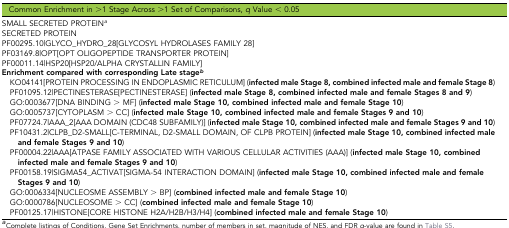
<table><thead><tr><td><b>Common Enrichment in &gt;1 Stage Across &gt;1 Set of Comparisons, <i>q</i> Value &lt; 0.05</b></td></tr></thead><tbody><tr><td>SMALL SECRETED PROTEIN<i><sup>a</sup></i></td></tr><tr><td>SECRETED PROTEIN</td></tr><tr><td>PF00295.10|GLYCO_HYDRO_28[GLYCOSYL HYDROLASES FAMILY 28]</td></tr><tr><td>PF03169.8|OPT[OPT OLIGOPEPTIDE TRANSPORTER PROTEIN]</td></tr><tr><td>PF00011.14|HSP20[HSP20/ALPHA CRYSTALLIN FAMILY]</td></tr><tr><td><b>Enrichment compared with corresponding Late stage<i><sup>b</sup></i></b></td></tr><tr><td> KO04141[PROTEIN PROCESSING IN ENDOPLASMIC RETICULUM] (<b>infected male Stage 8, combined infected male and female Stage 8</b>)</td></tr><tr><td> PF01095.12|PECTINESTERASE[PECTINESTERASE] (<b>infected male Stage 8, combined infected male and female Stages 8 and 9</b>)</td></tr><tr><td> GO:0003677[DNA BINDING &gt; MF] (<b>infected male Stage 10, combined infected male and female Stage 10</b>)</td></tr><tr><td> GO:0005737[CYTOPLASM &gt; CC] (<b>infected male Stage 10, combined infected male and female Stages 9 and 10</b>)</td></tr><tr><td> PF07724.7|AAA_2[AAA DOMAIN (CDC48 SUBFAMILY)] (<b>infected male Stage 10, combined infected male and female Stages 9 and 10</b>)</td></tr><tr><td> PF10431.2|CLPB_D2-SMALL[C-TERMINAL, D2-SMALL DOMAIN, OF CLPB PROTEIN] (<b>infected male Stage 10, combined infected male and female Stages 9 and 10</b>)</td></tr><tr><td> PF00004.22|AAA[ATPASE FAMILY ASSOCIATED WITH VARIOUS CELLULAR ACTIVITIES (AAA)] (<b>infected male Stage 10, combined infected male and female Stages 9 and 10</b>)</td></tr><tr><td> PF00158.19|SIGMA54_ACTIVAT[SIGMA-54 INTERACTION DOMAIN] (<b>infected male Stage 10, combined infected male and female Stages 9 and 10</b>)</td></tr><tr><td> GO:0006334[NUCLEOSME ASSEMBLY &gt; BP] (<b>combined infected male and female Stage 10</b>)</td></tr><tr><td> GO:0000786[NUCLEOSOME &gt; CC] (<b>combined infected male and female Stage 10</b>)</td></tr><tr><td> PF00125.17|HISTONE[CORE HISTONE H2A/H2B/H3/H4] (<b>combined infected male and female Stage 10</b>)</td></tr></tbody></table>